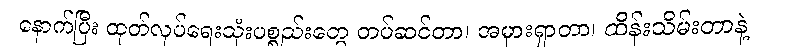
နောက်ပြီး ထုတ်လုပ်ရေးသုံးပစ္စည်းတွေ တပ်ဆင်တာ၊ အမှားရှာတာ၊ ထိန်းသိမ်းတာနဲ့